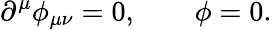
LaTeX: \partial^{\mu}\phi_{\mu\nu}=0,\qquad\phi=0.